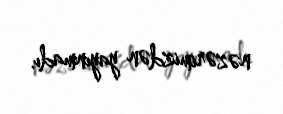
nəzərimizdən yayınmadı.